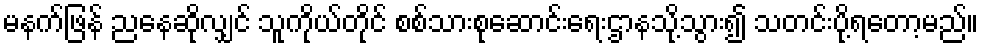
မနက်ဖြန် ညနေဆိုလျှင် သူကိုယ်တိုင် စစ်သားစုဆောင်းရေးဌာနသို့သွား၍ သတင်းပို့ရတော့မည်။